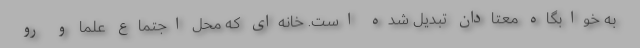
به خوابگاه معتادان تبدیل شده است. خانه‌ای که محل اجتماع علما و رو